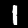
Label: 1